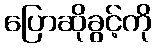
ပြောဆိုခွင့်ကို